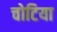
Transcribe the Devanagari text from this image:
चोटिया